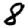
Digit: 8